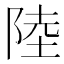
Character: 陸